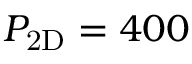
\ensuremath { P _ { \mathrm { 2 D } } } = 4 0 0